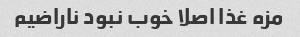
مزه غذا اصلا خوب نبود ناراضیم